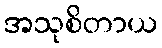
အသုစိတာယ